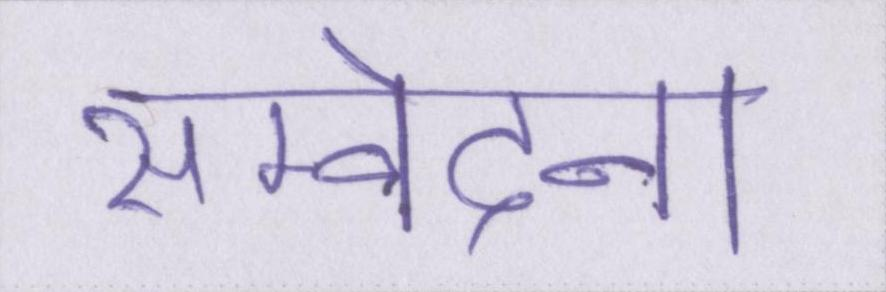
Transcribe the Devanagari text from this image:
सम्वेदना